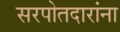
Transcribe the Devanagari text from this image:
सरपोतदारांना